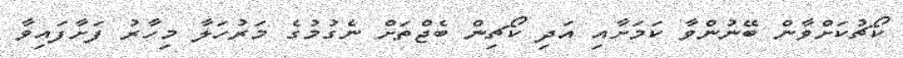
ކޯޗުކަށްވާން ބޭނުންވާ ކަމަށާއި އަދި ކޯޗިން ބެޖްތަށް ނެގުމުގެ މަރުހަލާ މިހާރު ފަށާފައިވާ